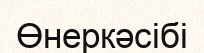
Өнеркәсібі